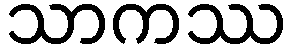
သာကဿ